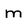
Character: m